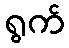
ရွက်